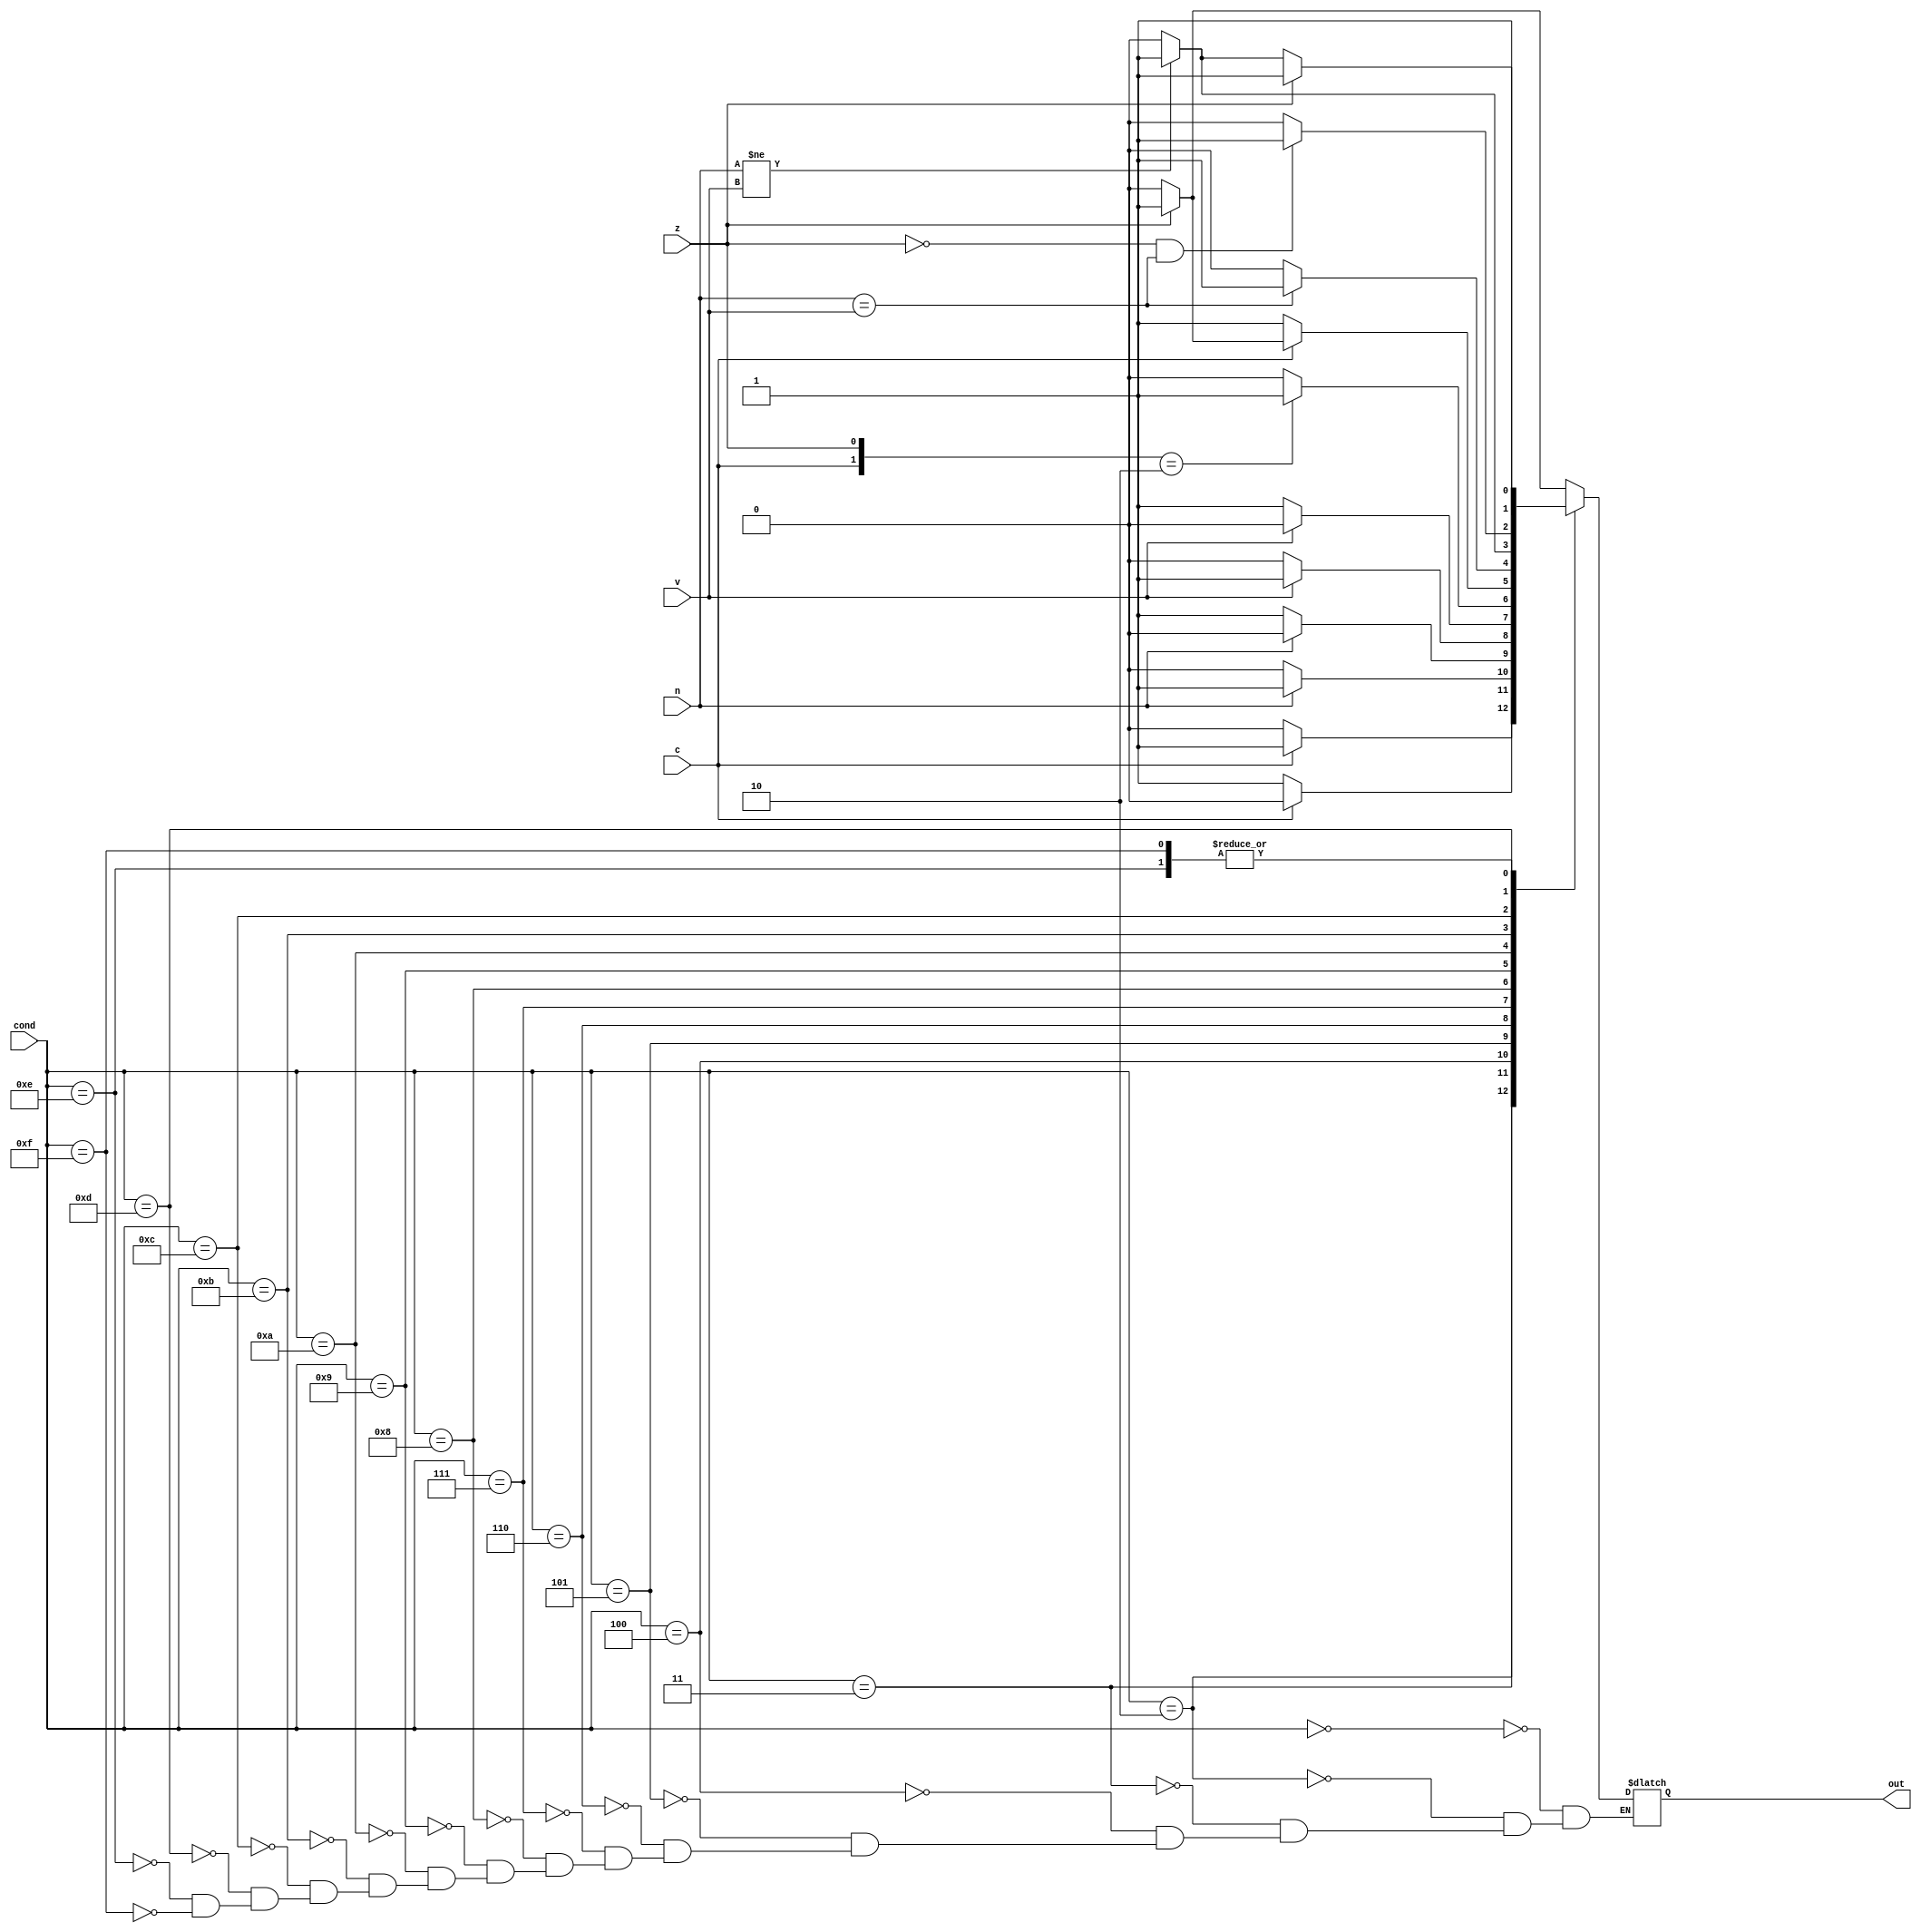
module condition_check(input [3:0]cond,input z,c,n,v,output reg out);

always@(*) begin
    case(cond)
    4'b0000:out=(z==1'b1)?1:0;
    4'b0010:out=(c==1'b1)?1:0;
    4'b0011:out=(c==1'b0)?1:0;
    4'b0100:out=(n==1'b1)?1:0;
    4'b0101:out=(n==1'b0)?1:0;
    4'b0110:out=(v==1'b1)?1:0;
    4'b0111:out=(v==1'b0)?1:0;
    4'b1000:out=({c,z}==2'b10)?1:0;
    4'b1001:out=(c==1'b0)?1:(z==1'b1)?1:0;
    4'b1010:out=(n==v)?1:0;
    4'b1011:out=(n!=v)?1:0;
    4'b1100:out=(z==1'b0&&n==v)?1:0;
    4'b1101:out=(z==1)?1:(n!=v)?1:0;
    4'b1110:out=1'b1;
    4'b1111:out=1'b1;
    endcase
end

endmodule